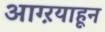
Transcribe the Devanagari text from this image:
आग्ऱयाहून